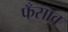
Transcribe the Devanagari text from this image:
फँसाव